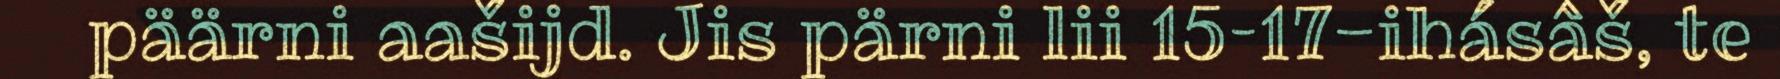
päärni aašijd. Jis pärni lii 15–17-ihásâš, te